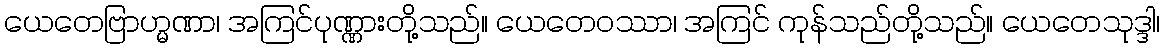
ယေတေဗြာဟ္မဏာ၊ အကြင်ပုဏ္ဏားတို့သည်။ ယေတေဝဿာ၊ အကြင် ကုန်သည်တို့သည်။ ယေတေသုဒ္ဒါ၊